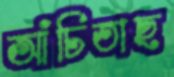
আঁচিতাছ